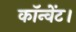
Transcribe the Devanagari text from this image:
कॉन्वेंट।